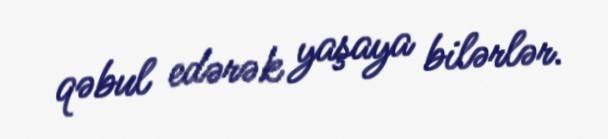
qəbul edərək yaşaya bilərlər.